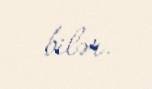
bilər.